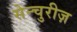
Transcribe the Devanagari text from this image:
सेन्चुरीज़